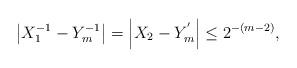
LaTeX: \begin{align*}\left|X_1^{-1} - Y_m^{-1}\right|= \left|X_2 - Y_m^{'}\right| \leq 2^{-(m-2)},\end{align*}